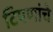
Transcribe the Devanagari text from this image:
टिपणांचे